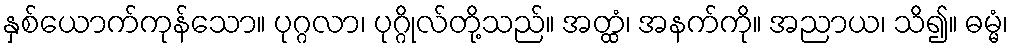
နှစ်ယောက်ကုန်သော။ ပုဂ္ဂလာ၊ ပုဂ္ဂိုလ်တို့သည်။ အတ္ထံ၊ အနက်ကို။ အညာယ၊ သိ၍။ ဓမ္မံ၊